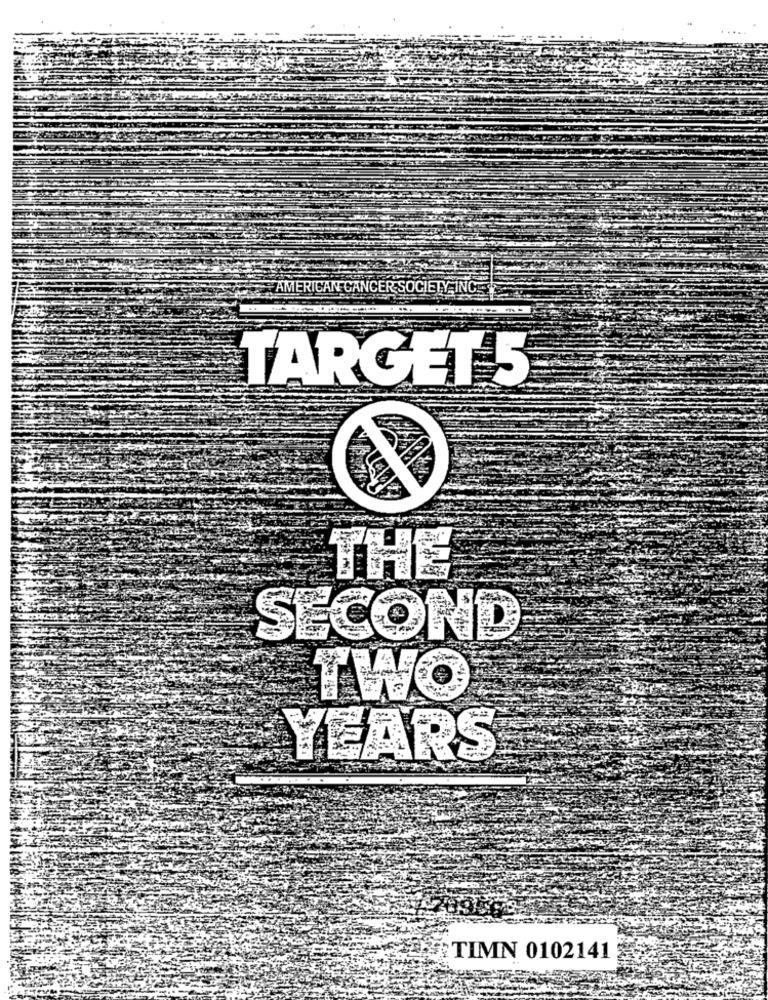
AMERICAN CANCER SOCIETY INCE
TARGET 5
THE
SECOND
TWO
YEARS
TIMN 0102141